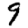
Digit: 9